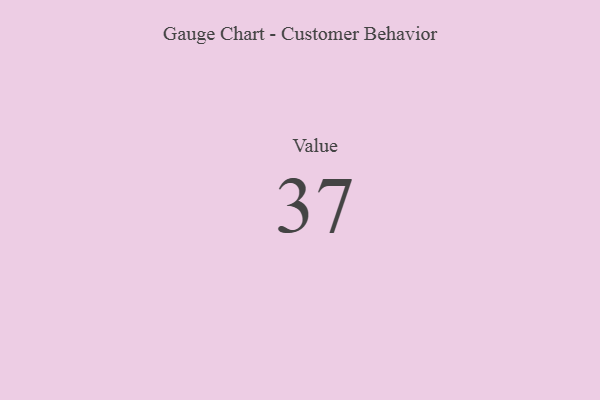
{"axis": {"x": "Metric", "y": "Value"}, "legend": [""], "data": [{"x": "Value", "y": 37, "type": ""}]}